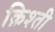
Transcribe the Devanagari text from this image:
क़िश्ती